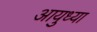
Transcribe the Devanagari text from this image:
आयुध्या